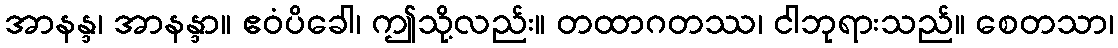
အာနန္ဒ၊ အာနန္ဒာ။ ဧဝံပိခေါ၊ ဤသို့လည်း။ တထာဂတဿ၊ ငါဘုရားသည်။ စေတသာ၊